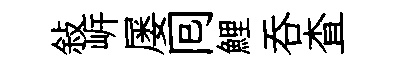
敍㟁屡囘鯉呑查